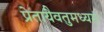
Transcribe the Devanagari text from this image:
प्रेतायैवतुमध्यमं